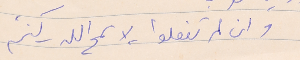
وان لم تفعلوا - لا سمح الله - كنتم